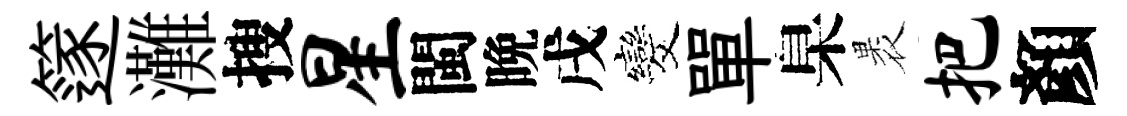
篴灘搜星閩晩戌发單臬褁把顏